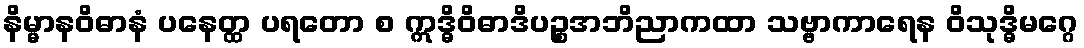
နိမ္မာနဝိဓာနံ ပနေတ္ထ ပရတော စ ဣဒ္ဓိဝိဓာဒိပဉ္စအဘိညာကထာ သဗ္ဗာကာရေန ဝိသုဒ္ဓိမဂ္ဂေ